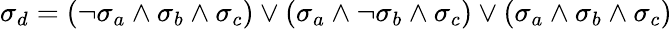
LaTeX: \sigma_{d}=(\neg\sigma_{a}\land\sigma_{b}\land\sigma_{c})\lor(\sigma_{a}\land\neg\sigma_{b}\land\sigma_{c})\lor(\sigma_{a}\land\sigma_{b}\land\sigma_{c})